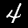
Digit: 4